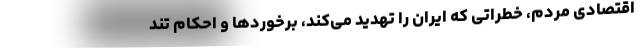
اقتصادی مردم، خطراتی که ایران را تهدید می‌کند، برخوردها و احکام تند